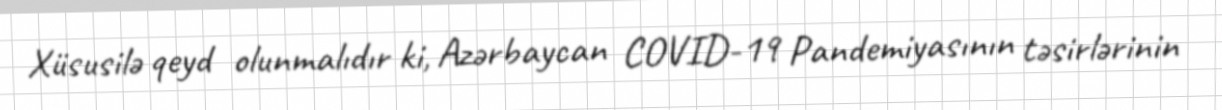
Xüsusilə qeyd olunmalıdır ki, Azərbaycan COVID-19 Pandemiyasının təsirlərinin